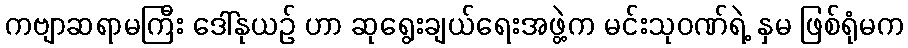
ကဗျာဆရာမကြီး ဒေါ်နုယဉ် ဟာ ဆုရွေးချယ်ရေးအဖွဲ့က မင်းသုဝဏ်ရဲ့ နှမ ဖြစ်ရုံမက